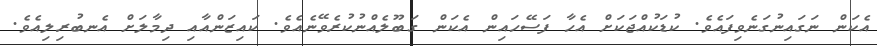
އެކަން ނަގައިނުގަނެވިފައެވެ. ކުޑަކުއްޖަކަށް އެހާ ފަސޭހައިން އެކަން ގަބޫލެއްނުކުރެވޭނެއެވެ. ކައިޒަންއާއި ދިމާލަށް އެނބުރިލިއެވެ.